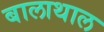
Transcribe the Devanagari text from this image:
बालाथाल